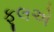
ફૂલએ